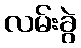
လမ်းခွဲ